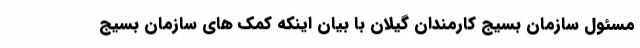
مسئول سازمان بسیج کارمندان گیلان با بیان اینکه کمک های سازمان بسیج